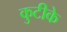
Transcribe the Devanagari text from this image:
कुटीके